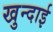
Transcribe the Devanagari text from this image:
खुन्दाई